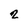
Character: 2